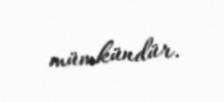
mümkündür.